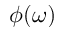
\phi ( \omega )